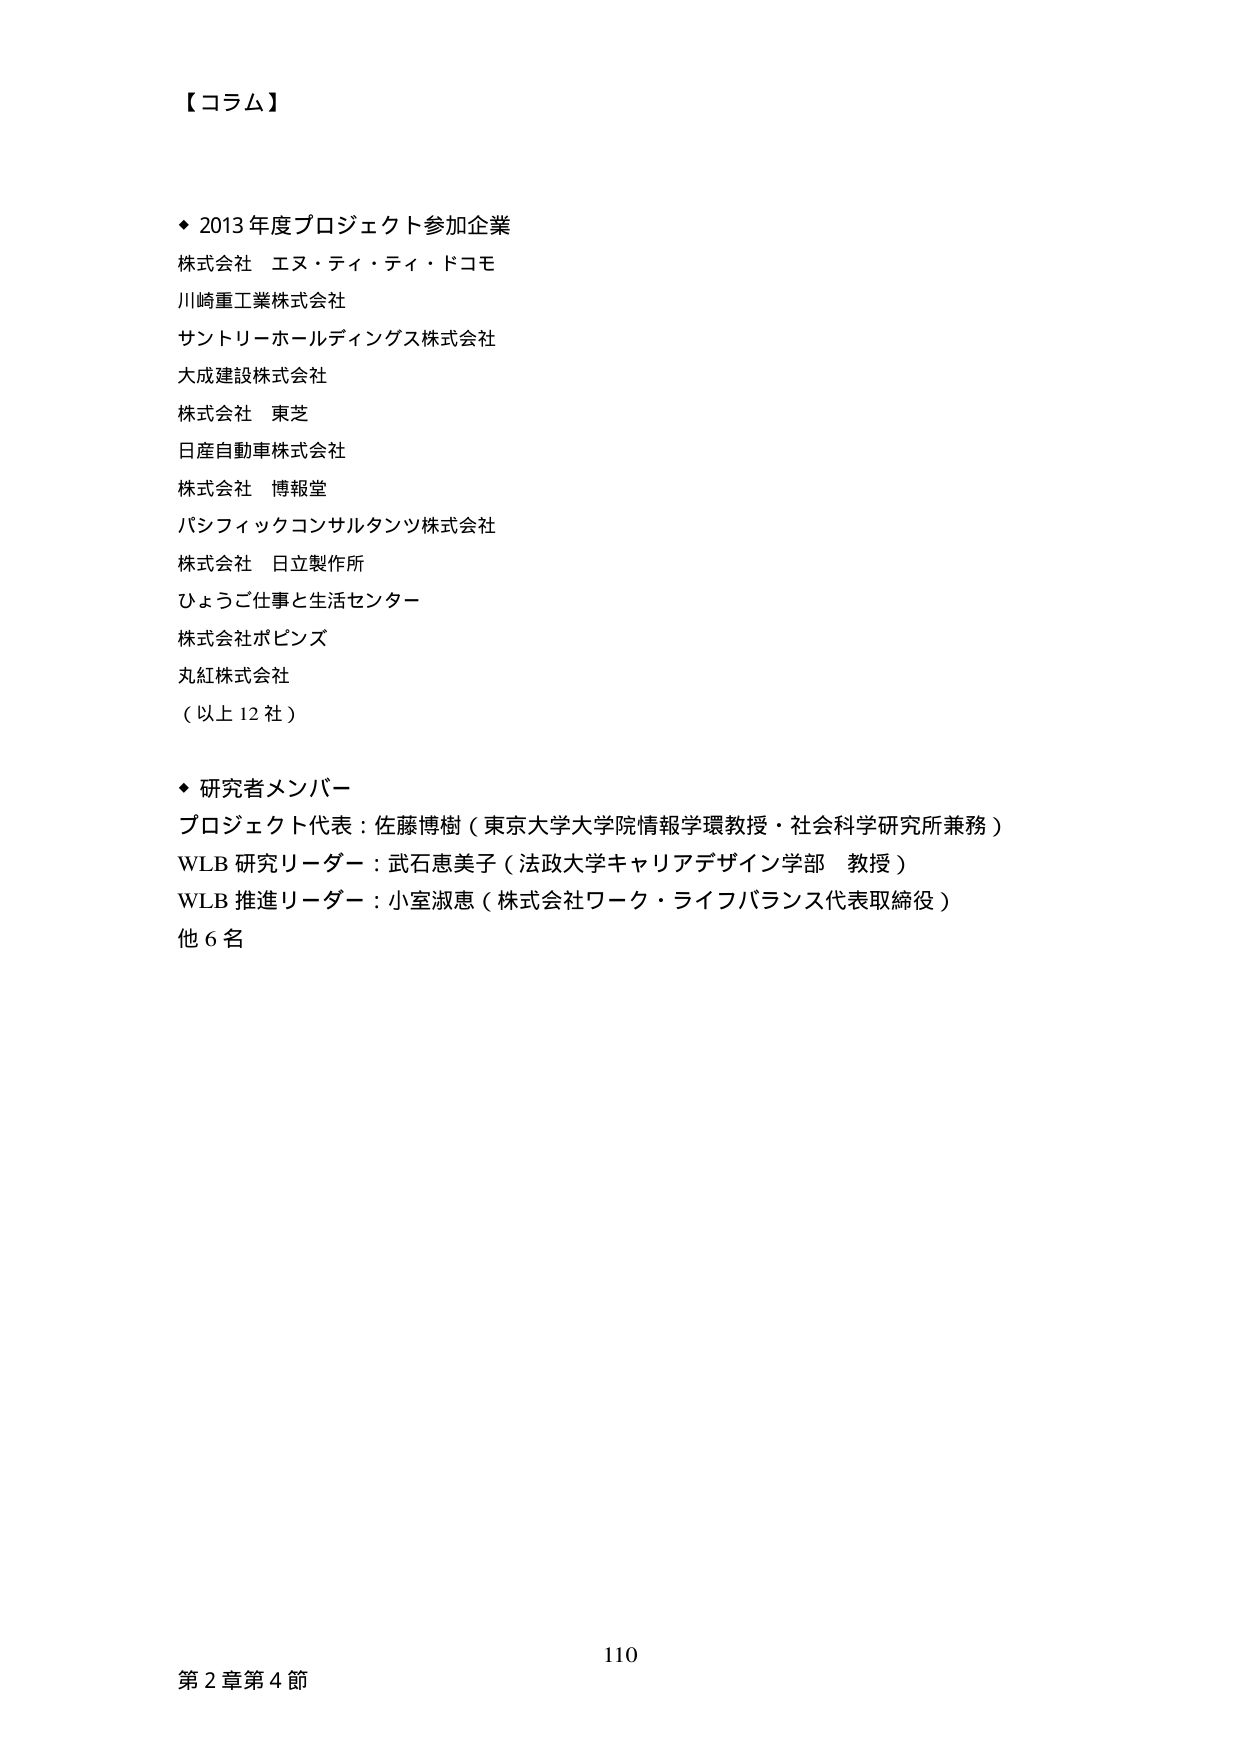
【コラム】

◆ 2013年度プロジェクト参加企業
株式会社 エヌ・ティ・ティ・ドコモ
川崎重工業株式会社
サントリーホールディングス株式会社
大成建設株式会社
株式会社 東芝
日産自動車株式会社
株式会社 博報堂
パシフィックコンサルタンツ株式会社
株式会社 日立製作所
ひょうご仕事と生活センター
株式会社ボビンズ
丸紅株式会社
（以上12社）

◆ 研究者メンバー
プロジェクト代表：佐藤博樹（東京大学大学院情報学環教授・社会科学研究所兼務）
WLB研究リーダー：武石恵美子（法政大学キャリアデザイン学部 教授）
WLB推進リーダー：小室淑恵（株式会社ワーク・ライフバランス代表取締役）
他6名

110
第2章第4節